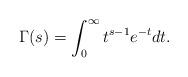
LaTeX: \begin{align*} \Gamma (s) =\int_0^\infty t^{s-1}e^{-t}dt.\end{align*}